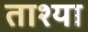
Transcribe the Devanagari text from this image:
ताश्या